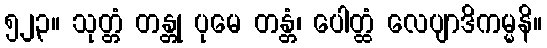
၅၂၃။ သုတ္တံ တန္တု ပုမေ တန္တံ၊ ပေါတ္ထံ လေပျာဒိကမ္မနိ။